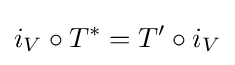
i_{V}\circ T^{*}=T'\circ i_{V}